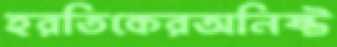
হরতিকেরঅনিষ্ট